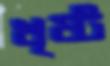
খৃষ্ট